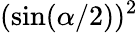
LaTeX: (\sin(\alpha/2))^{2}